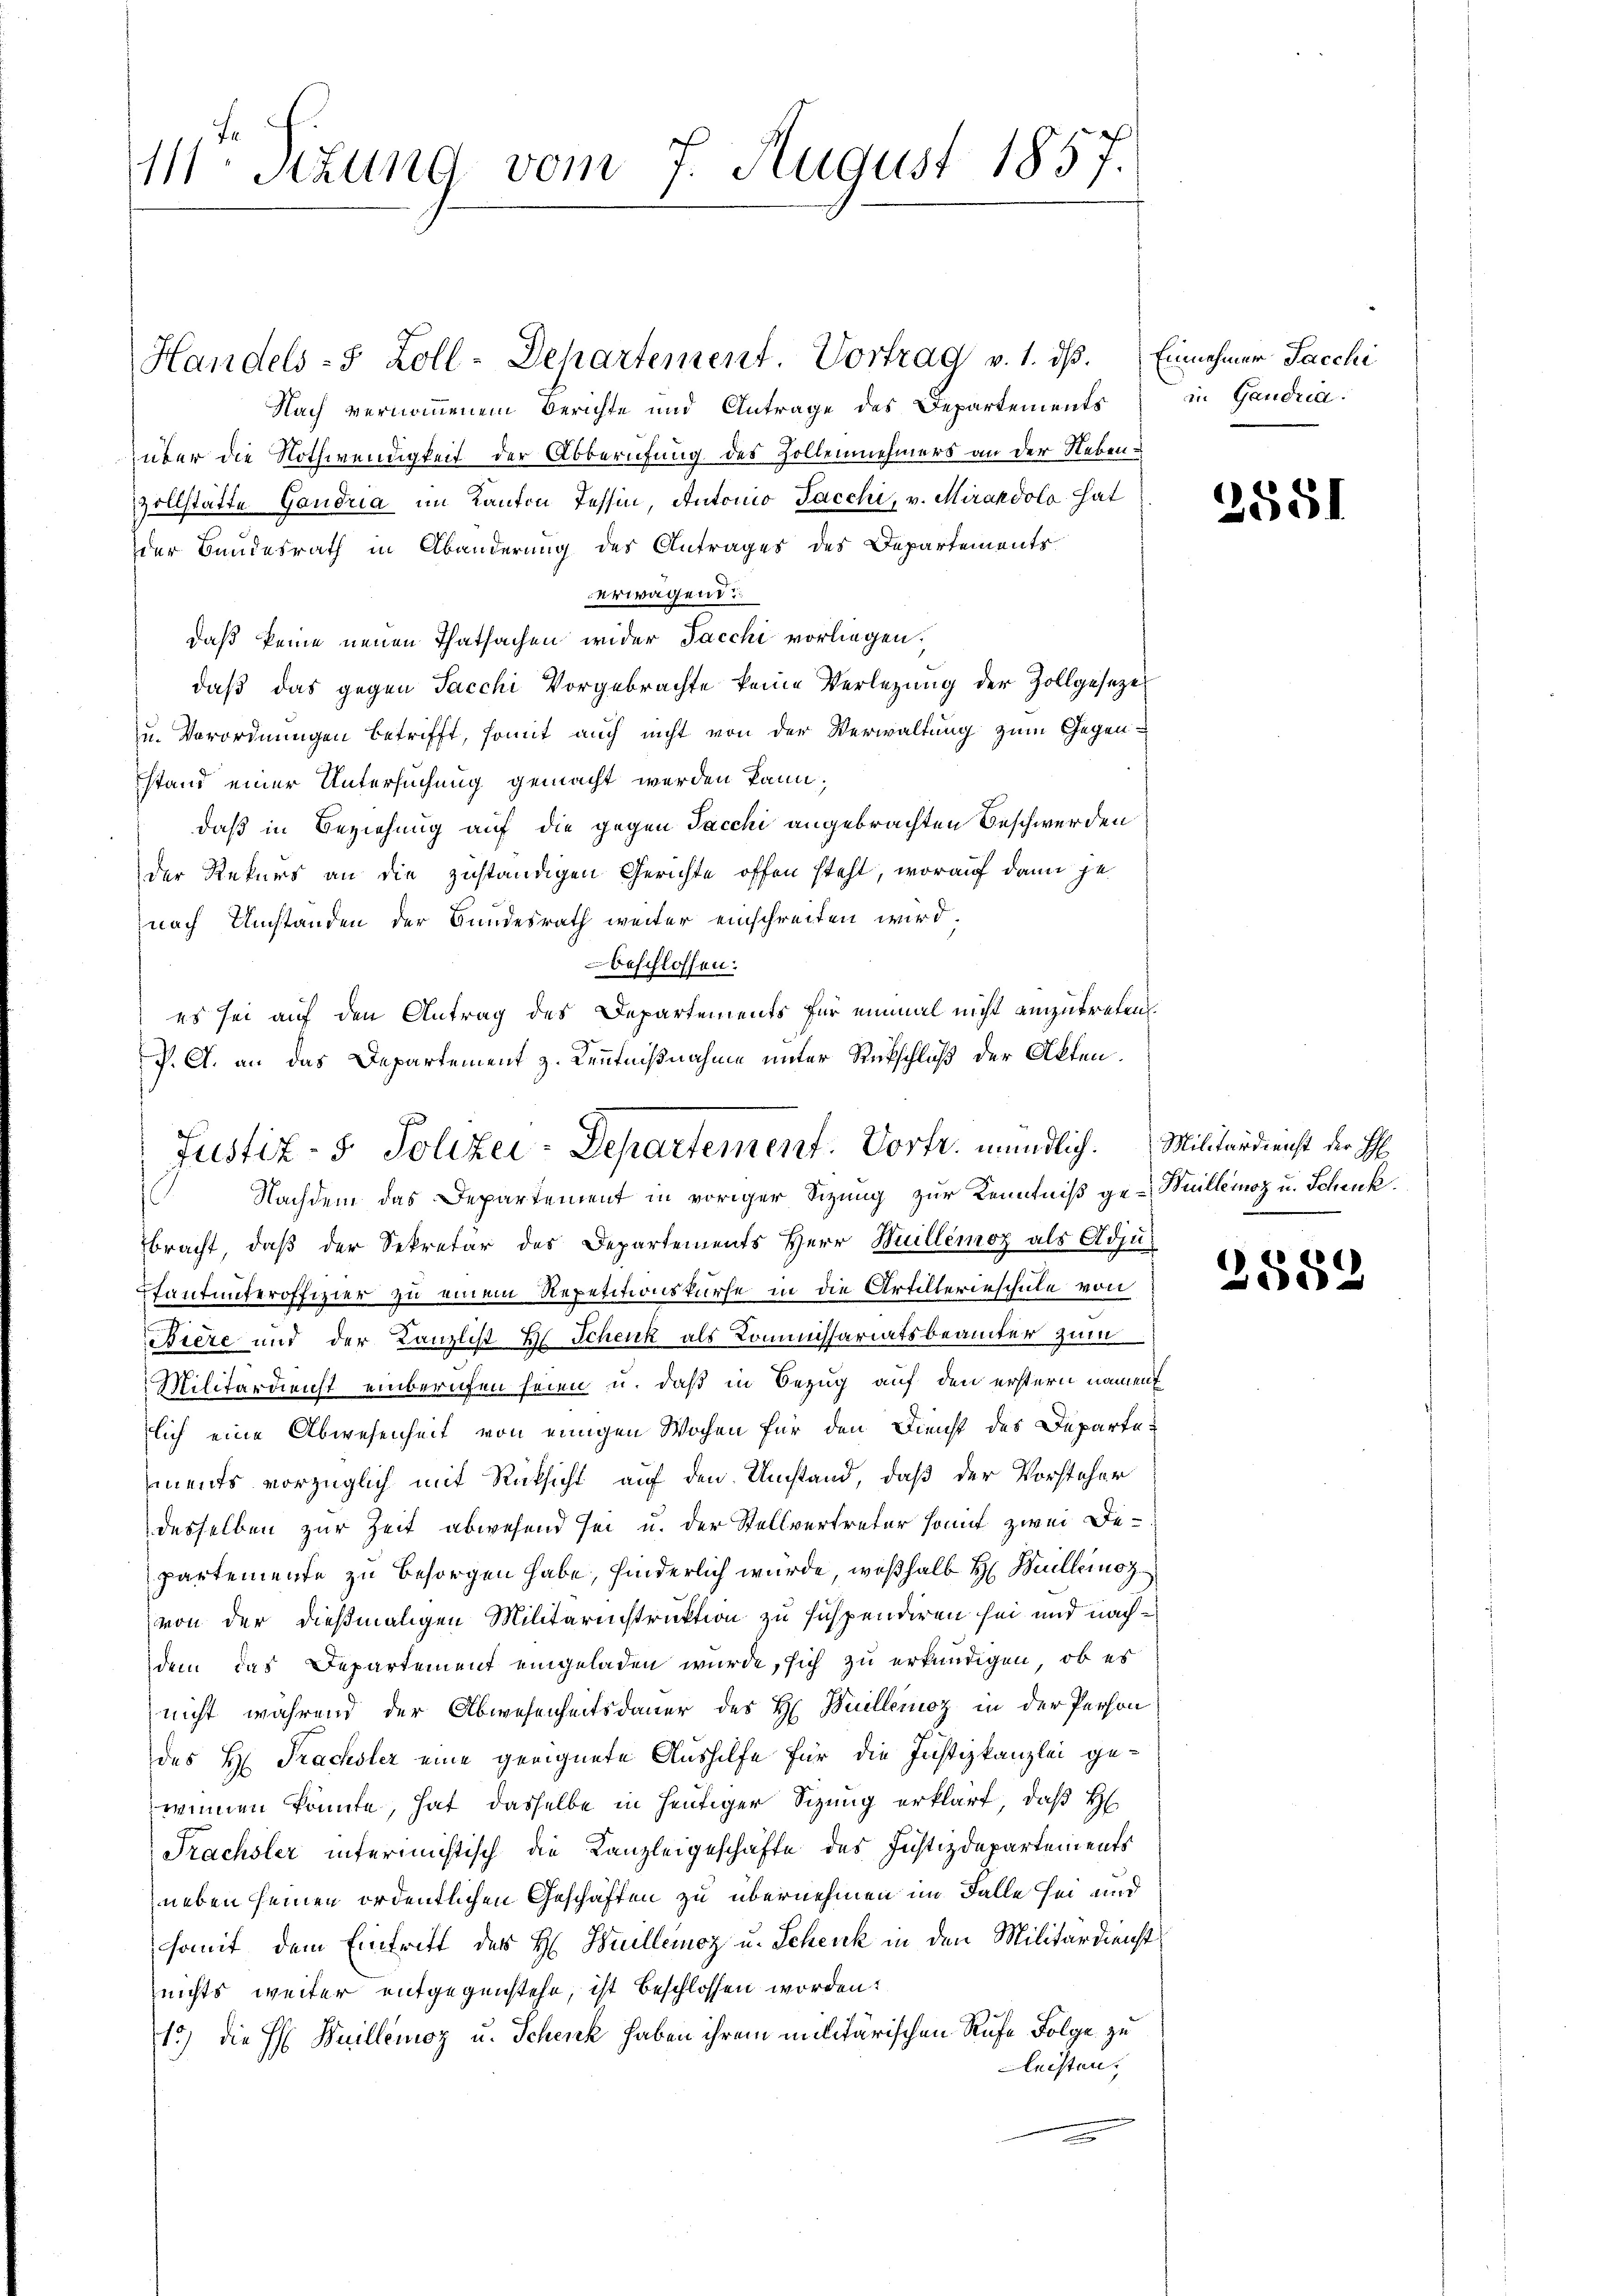
111 Stzung vom 7. August 1857.

Nach vernommenem Berichte und Antrage des Departements
über die Nothwendigkeit der Abberufung des Zollennehmers an der Nebenvollstätte Gandria im Kanton Tessin, Antonio Sacchi, v. Mirandolo hat
der Bundesrath in Abänderung des Antrages des Departements
erwagend
daß keine neuen Thatsachen wider Jacchi vorliegen;
daß das gegen Sacchi Vorgebrachte keine Verlegung der Zollgesezes
u. Verordnungen betrifft, somit auch nicht von der Verwaltung zum Gegen-
stand einer Untersuchung gemacht werden kann,
daß in Beziehung auf die gegen Sacchi angebrachten Beschwerden
der Rekurs an die zuständigen Gerichte offen steht, worauf dann je
nach Umstanden der Bundesrath weiter einschreiten wird,
beschlossen:
es sei auf den Antrag des Departements für einmal nicht einzutreten.
P. A. an das Departement z. Kenntnißnahme unter Rückschluß der Akten.

Handels- 5 Zoll-Departement. Vortrag v. 1. ds. Einnehmer Sacchi

Justiz- & Polizei-Departement. Vortr. mündlich. Militärdienst der H
Nachdem das Departement in voriger Sitzung zur Kenntniß ge-Wuilleinoz u. Schenk.

in Gandria.

bracht, daß der Sekretär des Departements Herr Huillemoz als Adju¬
Pfantunteroffizier zu einem Repetitionskurse in die Artillerieschule von
Biere und der Kanzlist H. Schenk als Kommissariatsbeamter zum
Militärdienst einberufen seien u. daß in Bezug auf den erstern nament
lich eine Abwesenheit von einigen Wochen für den Dienst des Departe:
ments vorzüglich mit Rücksicht auf den Umstand, daß der Vorsteher
desselben zur Zeit abwesend sei u. der Stellvertreter somit zwei De-
partemente zu besorgen habe, hinderlich wurde, weßhalb H Buelleinoz
von der dießmaligen Militarinstruktion zu suspendiren sei und nachdem das Departement eingeladen wurde, sich zu erkundigen, ob es
nicht während der Abwesenheitsdauer des H Buelleinoz in der Person
des H. Trachsler eine geeignete Aushilfe für die Justizkanzlei ge-
winen könnte, hat dasselbe in heutiger Sizung erklärt, daß H
Frachsler infermistisch die Kanzleigeschäfte des Justizdepartements
neben seinen ordentlichen Geschäften zu übernehmen im Falle sei und
somit dem Eintritt des H. Huelleinoz u. Schenk in den Militärdienst
nichts weiter entgegenstehe, ist beschlossen worden.
1) die H: Buillemoz u. Schenk haben ihrem militärischen Rufe Folge zu
leisten.

2551

f
280